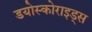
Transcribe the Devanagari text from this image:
डयोस्कोराइड्स